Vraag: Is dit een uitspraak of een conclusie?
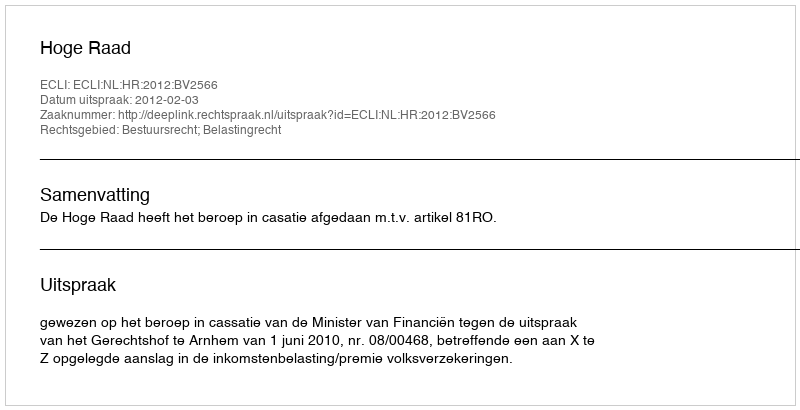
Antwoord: Uitspraak